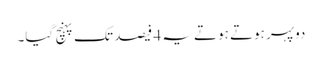
دوپہر ہوتے ہوتے یہ 4 فیصد تک پہنچ گیا۔